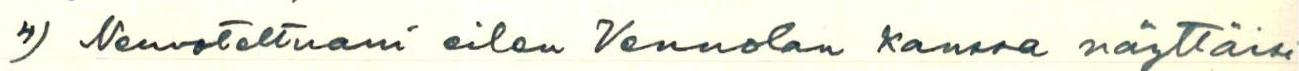
4) Neuvoteltuani eilen Vennolan kanssa näyttäisi